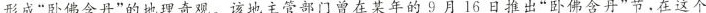
形成“卧佛含丹”的地理奇观。该地主管部门曾在某年的9月16日推出“卧佛含丹”节，在这个